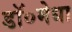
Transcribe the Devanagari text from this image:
डॉ०मेधा